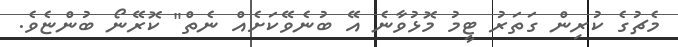
މެޗުގެ ކުރިން ގަތަރު ޓީމު މޮޅުވާނެ އޭ ބުނެވޭކަށެއް ނެތް" ކޮރޭނޯ ބުންޏެވެ.